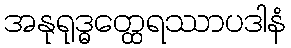
အနုရုဒ္ဓတ္ထေရဿာပဒါနံ